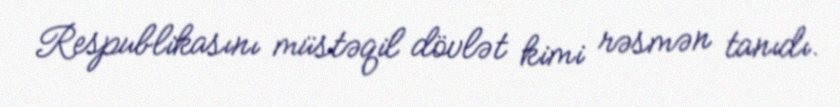
Respublikasını müstəqil dövlət kimi rəsmən tanıdı.